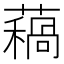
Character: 𧀁